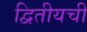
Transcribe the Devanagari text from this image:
द्वितीयची